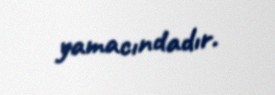
yamacındadır.